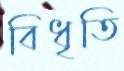
বিধৃতি